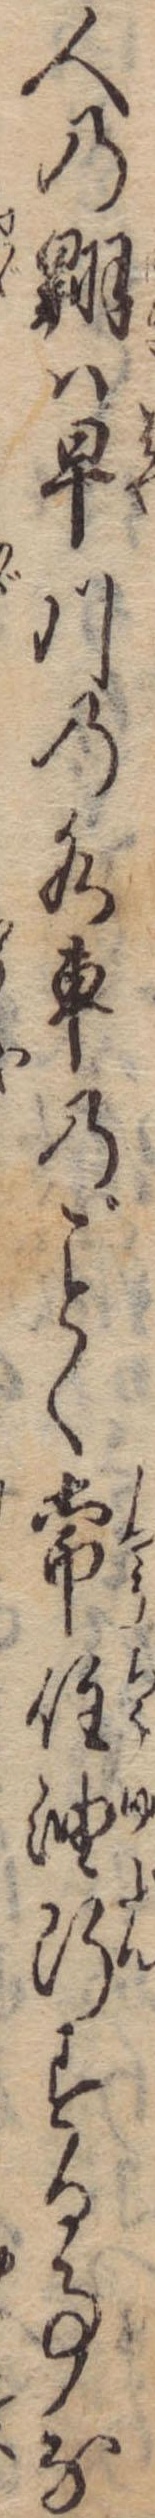
人の翺は早川の水車のく常住油断する事な